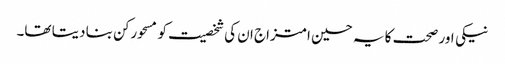
نیکی اور صحت کا یہ حسین امتزاج ان کی شخصیت کو مسحورکن بنا دیتا تھا۔